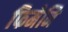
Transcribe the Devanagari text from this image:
फिमेनि